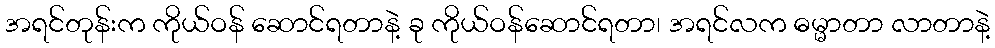
အရင်တုန်းက ကိုယ်ဝန် ဆောင်ရတာနဲ့ ခု ကိုယ်ဝန်ဆောင်ရတာ၊ အရင်လက ဓမ္မာတာ လာတာနဲ့